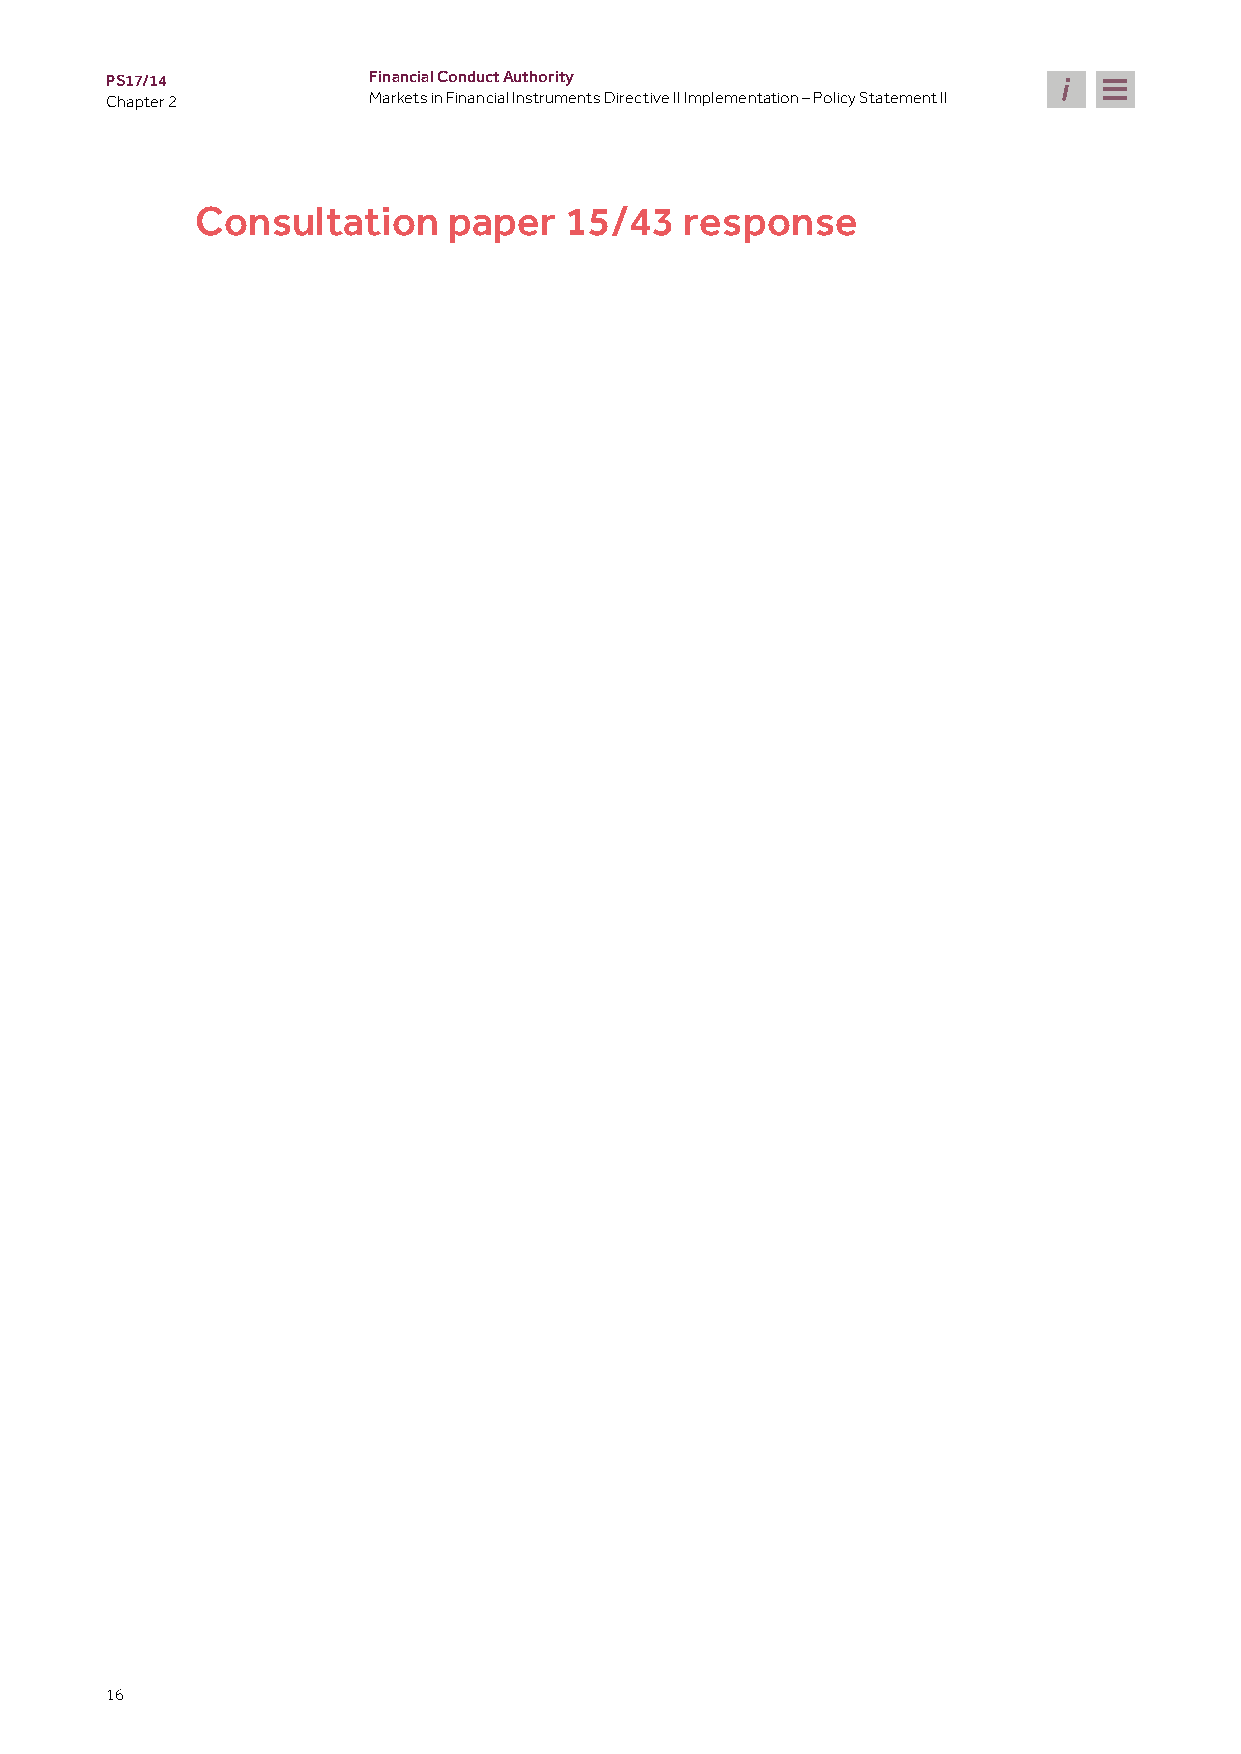
PS17/14          Financial Conduct Authority
 Chapter 2        Markets in Financial Instruments Directive II Implementation – Policy Statement II
 Consultation     paper  15/43   response
 16